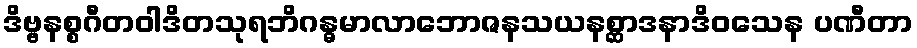
ဒိဗ္ဗနစ္စဂီတဝါဒိတသုရဘိဂန္ဓမာလာဘောဇနသယနစ္ဆာဒနာဒိဝသေန ပဏီတာ